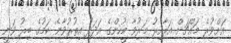
އަށްވުރެ މައްޗަށް އަރާއިރު މަރުވާ މީހުންގެ އަދަދު އިތުރުވާނެ ކަމުގެ ބިރު ވަނީ